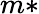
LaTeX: m*